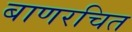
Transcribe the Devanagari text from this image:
बाणरचित